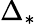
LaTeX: \Delta_{*}